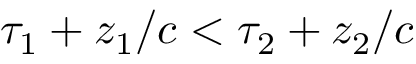
\tau _ { 1 } + z _ { 1 } / c < \tau _ { 2 } + z _ { 2 } / c